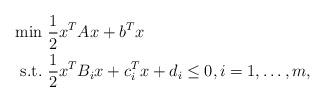
LaTeX: \begin{align*}\begin{aligned}\min&\ \frac{1}{2}x^TAx+b^Tx\\\mbox{s.t.}&\ \frac{1}{2}x^TB_ix+c_i^Tx+d_i\leq0,i=1,\dots,m,\end{aligned}\end{align*}